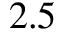
2 . 5